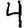
Digit: 4